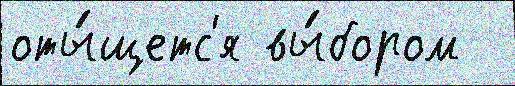
оты́щетс'я вы́бором